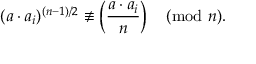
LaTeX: ( a \cdot a _ { i } ) ^ { ( n - 1 ) / 2 } \not \equiv \left( { \frac { a \cdot a _ { i } } { n } } \right) { \pmod { n } } .